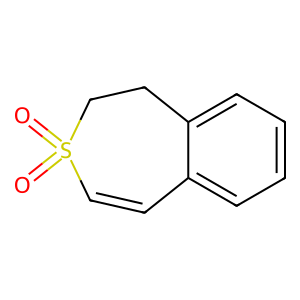
SMILES: O=S1(=O)C=Cc2ccccc2CC1
Inhibits HIV replication: No